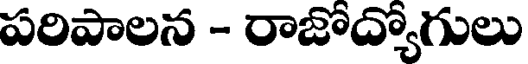
పరిపాలన - రాజోద్యోగులు